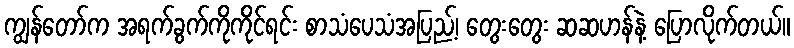
ကျွန်တော်က အရက်ခွက်ကိုကိုင်ရင်း စာသံပေသံအပြည့်၊ တွေးတွေး ဆဆဟန်နဲ့ ပြောလိုက်တယ်။